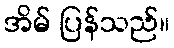
အိမ် ပြန်သည်။